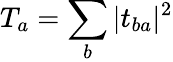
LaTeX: T_{a}=\sum_{b}|t_{ba}|^{2}